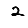
Digit: 2